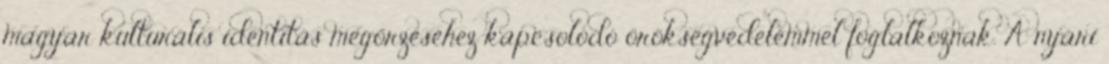
magyar kulturális identitás megőrzéséhez kapcsolódó örökségvédelemmel foglalkoznak. A nyári